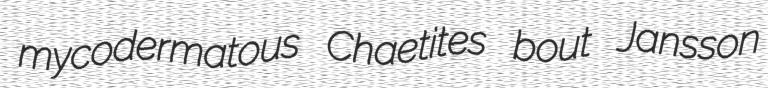
mycodermatous Chaetites bout Jansson